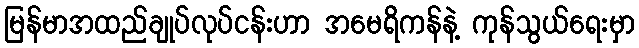
မြန်မာအထည်ချုပ်လုပ်ငန်းဟာ အမေရိကန်နဲ့ ကုန်သွယ်ရေးမှာ